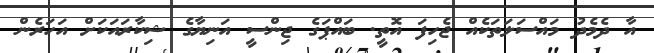
އާ ދެމެދު މައްސަލަތަކެއް ޖެހިފަ އޮތީ. ބައްޕަގެ ޖިންސީ އަނިޔާގެ ޝިކާރައަކަށް އަހަރެން